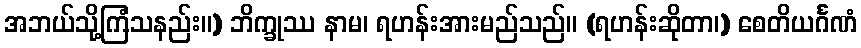
အဘယ်သို့ကြံသနည်း။) ဘိက္ခုဿ နာမ၊ ရဟန်းအားမည်သည်။ (ရဟန်းဆိုတာ၊) စေတိယင်္ဂဏံ